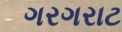
ગરગરાટ